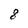
Character: 8